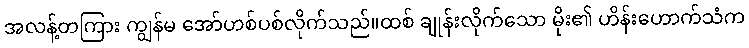
အလန့်တကြား ကျွန်မ အော်ဟစ်ပစ်လိုက်သည်။ထစ် ချုန်းလိုက်သော မိုး၏ ဟိန်းဟောက်သံက